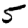
Digit: 5